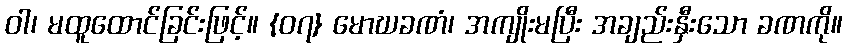
ဝါ၊ မထူထောင်ခြင်းဖြင့်။ {၀၇} မောဃခဏံ၊ အကျိုးမပြီး အချည်းနှီးသော ခဏကို။